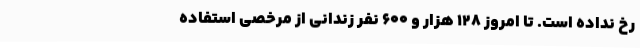
رخ نداده است. تا امروز 128 هزار و 600 نفر زندانی از مرخصی استفاده